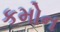
કમોન